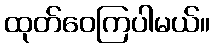
ထုတ်ဝေကြပါမယ်။